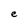
Character: e